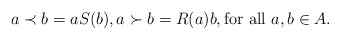
\begin{align*}a \prec b = aS(b), a\succ b = R(a)b, \mbox{for all $a,b\in A$.}\end{align*}